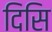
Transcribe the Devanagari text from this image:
दिसि